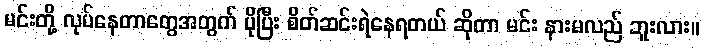
မင်းတို့ လုပ်နေတာတွေအတွက် ပိုပြီး စိတ်ဆင်းရဲနေရတယ် ဆိုတာ မင်း နားမလည် ဘူးလား။